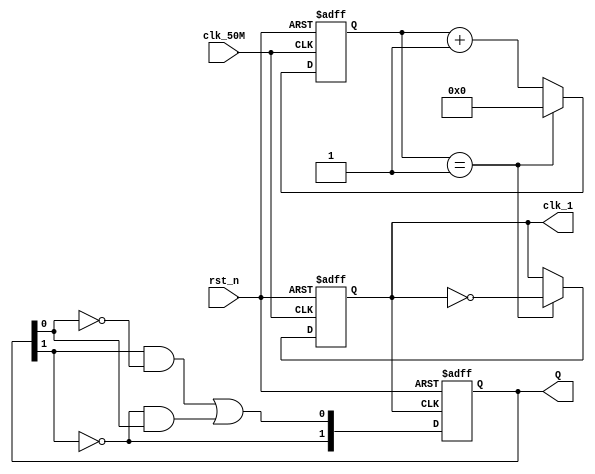
`timescale 1ns / 1ps
//////////////////////////////////////////////////////////////////////////////////
// Company: 
// Engineer: 
// 
// Design Name: 
// Module Name:    Mfour_count 
// Project Name: 
// Target Devices: 
// Tool versions: 
// Description: 
//
// Dependencies: 
//
// Revision: 
// Revision 0.01 - File Created
// Additional Comments: 
//
//////////////////////////////////////////////////////////////////////////////////
module Mfour_count(clk_50M, rst_n, Q, clk_1
    );
	 input clk_50M, rst_n;//clk_50M50Mhz
	 output reg clk_1 = 0;//1hz
	 output reg [1:0] Q;
	 
	 reg [25:0] cnt;
	 
	 parameter TIME = 26'd2;
	 
	 always @(posedge clk_50M or negedge rst_n)//50Mhz1hz
	 begin
		if(!rst_n)
		begin
			cnt <= 1'b0;
			clk_1 <= 1'b0;
		end
		else if(cnt == TIME - 1'b1)
		begin
			cnt <= 1'b0;
			clk_1 <= ~clk_1;
		end
		else
			cnt <= cnt + 1'b1;
	 end
		
	 wire [1:0] D;//D
	 assign D[1] = ~Q[1];
	 assign D[0] = Q[1]&~Q[0] | ~Q[1]&Q[0];
	 
	 always @(posedge clk_1 or negedge rst_n)
	 begin
		if(!rst_n)
			Q <= 0;
		else
			Q <= D;
	 end

endmodule